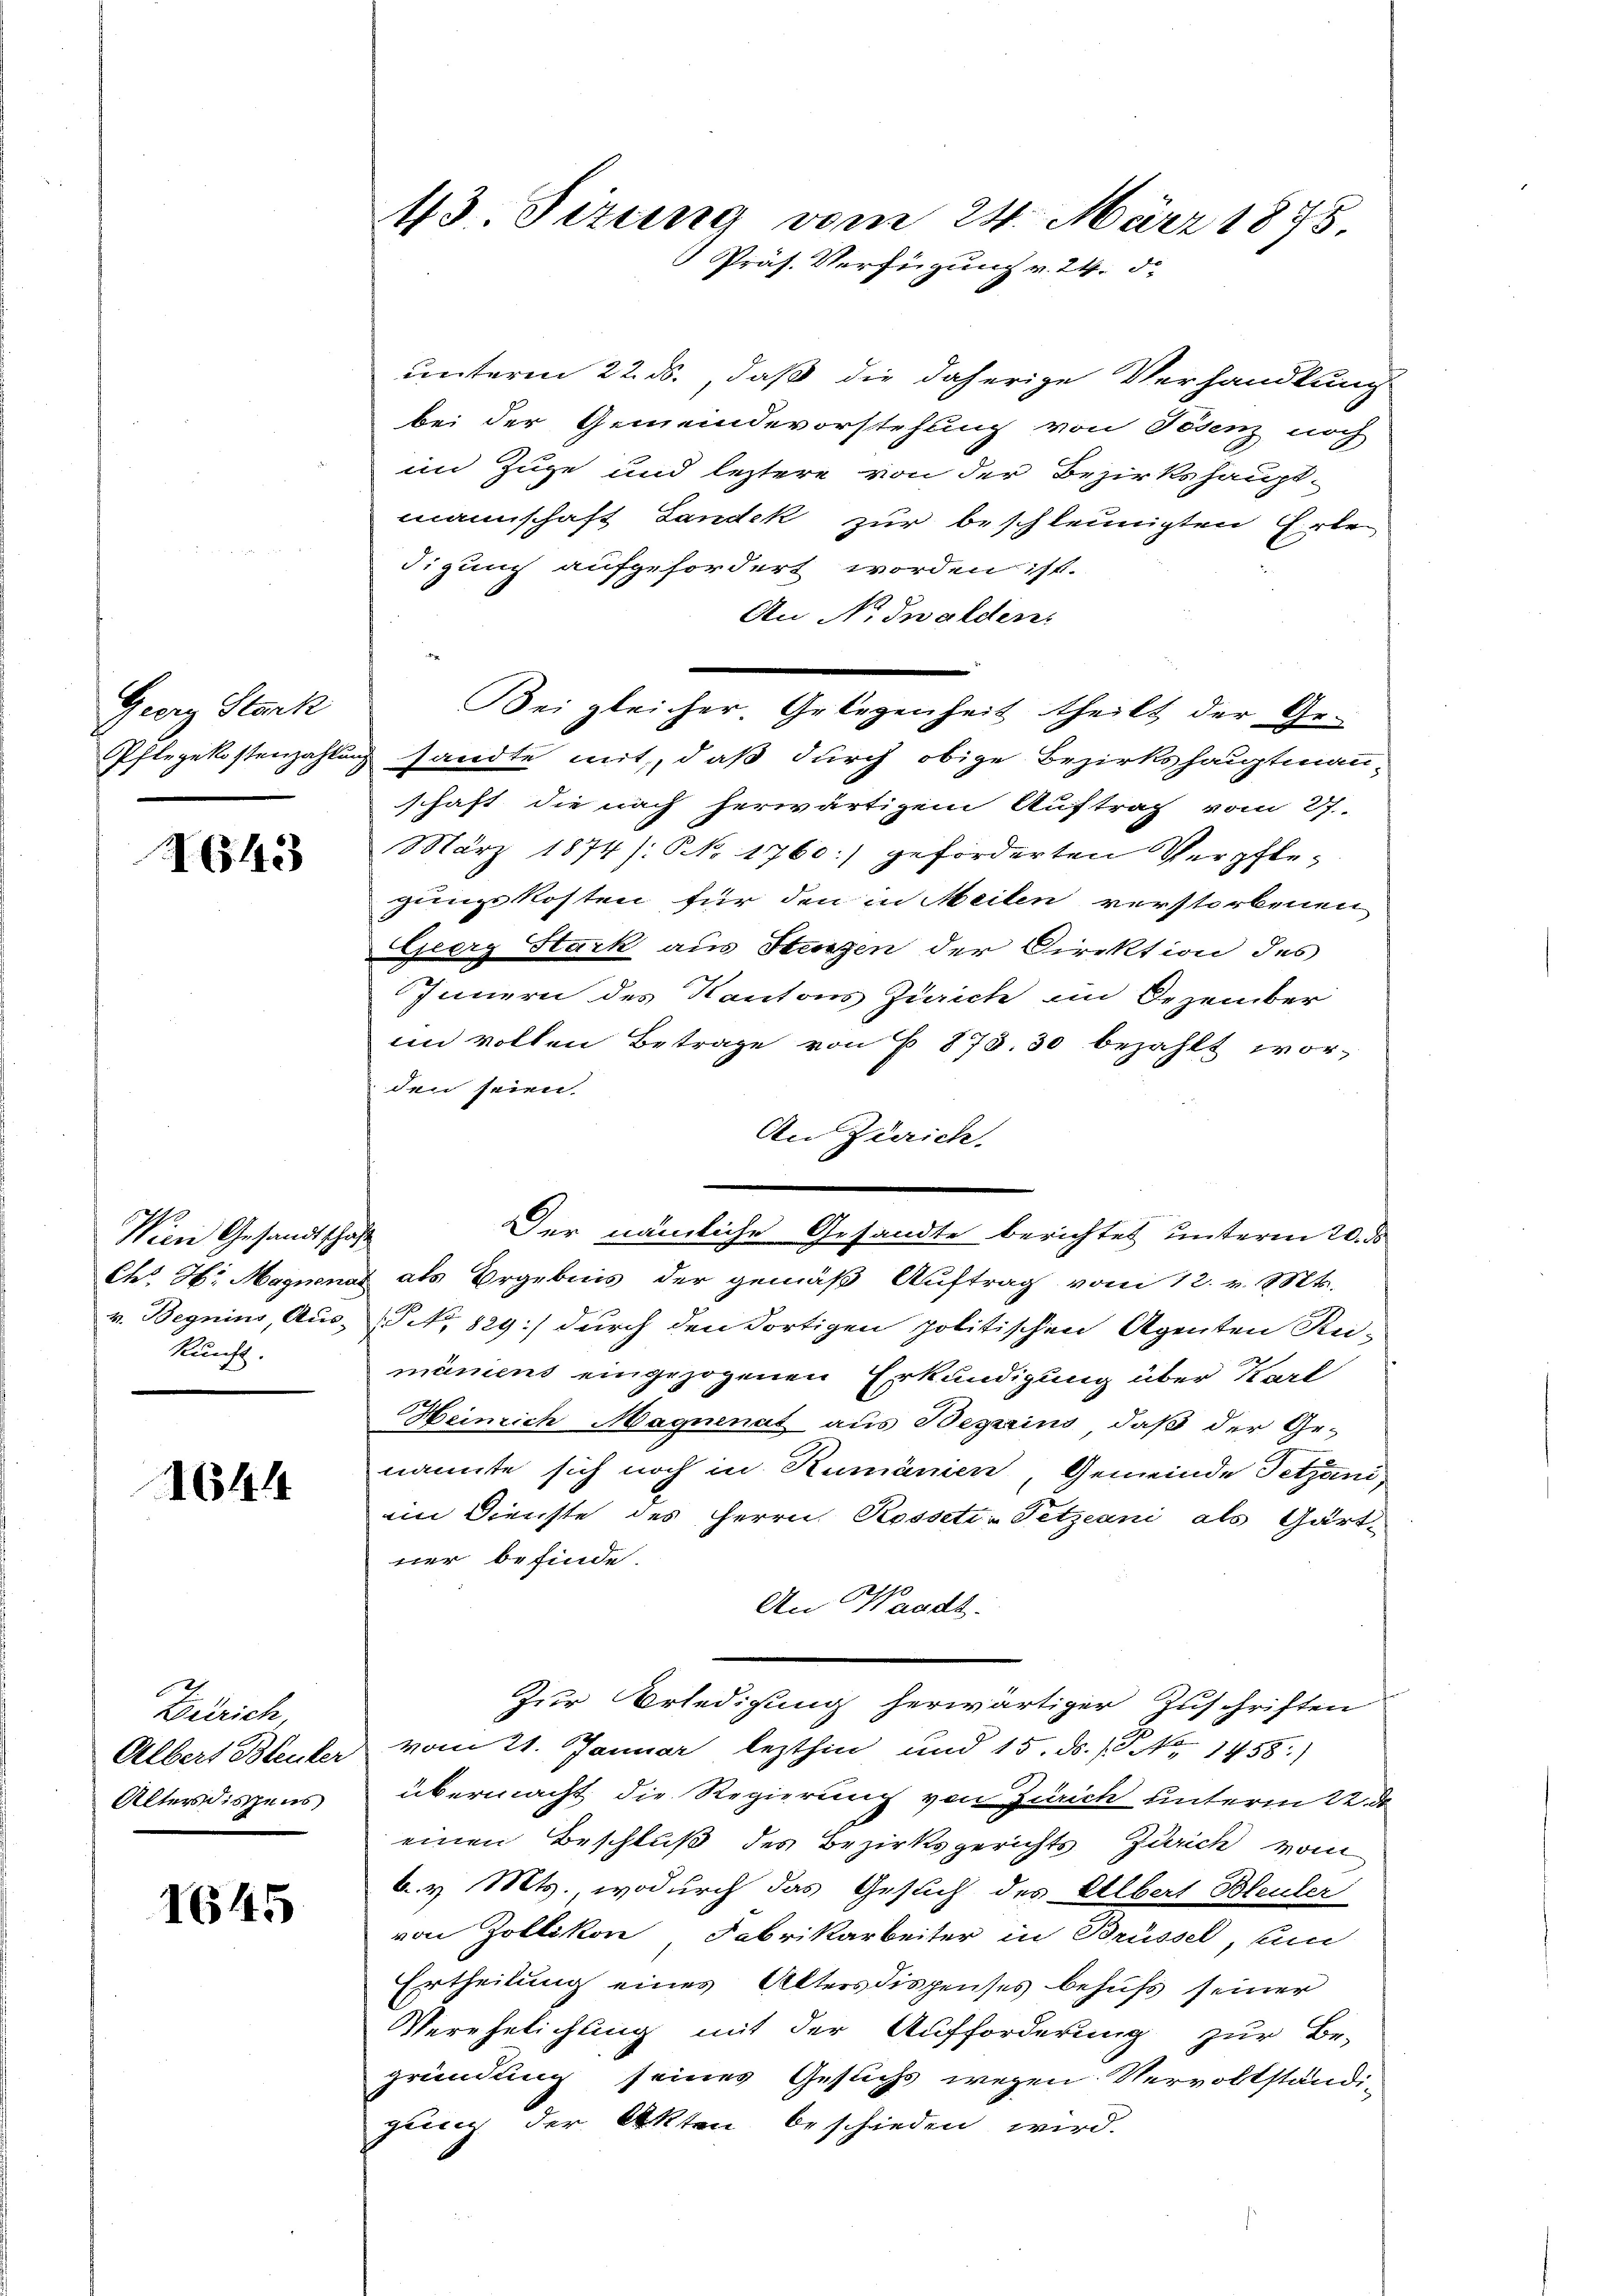
Georg Stark

N14

Wien Gesandtschaft
Ch. H: Magnenar
v. Begnins, Aus-
kunft.

1644

Zürich
Albert Bleuler
Alters dispens

1645

43. Sizung vom 24. März 1875.
Präs. Verfügung v. 24. d.

unterm 22. ds., daß die daherige Verhandlung
bei der Gemeindevorstehung von Tosenz noch
im Zuge und leztere von der Bezirkshaupt-
mannschaft Landek zur beschleunigten Erle
digung aufgefordert worden ist.
An N. Swalden
Pflegekostenzahlung sandte mit, daß durch obige Bezirkshauptmann-
schaft die nach herwärtigem Auftrag vom 27.
März 1874 /: No 1760:/ geforderten Verpflegungskosten für den in Meilen verstorbenen
Geerg Stark aus Stenzen der Direktion des
Innern des Kantons Zürich im Dezember
im vollen Betrage von § 873. 30 bezahlt worden seien.
An Zürich.
& als Ergebnis der gemäß Auftrag von 12. v. Mts.
NNo. 129.) durch den dortigen politischen Agenten Rei-
mäniens eingezogenen Erkundigung über Karl
2
Heinrich Magnenat aus Beszins, daß der Ge-
nannte sich noch in Rumänien, Gemeinde Tetzani
iin Dienste des Herrn Rosseti-Fetzeani als Gärtner befinde.
An Waadt.
Zur Erledigung herwärtiger Zuschriften
vom 21. Januar lezthin und 15. ds. S. 1458)
übermacht, die Regierung von Zürich unterm 22. de
einen Beschluß des Bezirksgerichts Zürich vom
b. v. Mts. wodurch das Gesuch des Albert Bleuler
von Zollikon, Fabrikarbeiter in Brüssel, um
Ertheilung eines Alters dispenses behufs seiner
Verehelichung mit der Aufforderung zur Be-
gründung seines Gestichs wegen Vervollständi-
gung der Akten beschieden wird.

ei gleicher. Gelegenheit theilt der Ge-

Der nämliche Gesandte berichtet unterm 20. ds